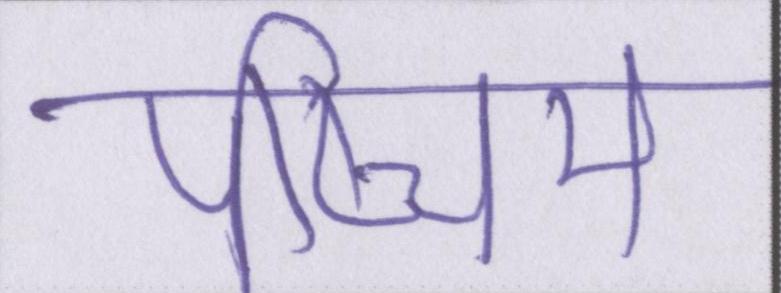
पष्चिम